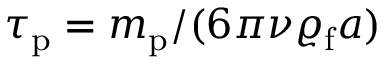
\tau _ { \mathrm { p } } = m _ { \mathrm { p } } / ( 6 \pi \nu \varrho _ { \mathrm { f } } a )